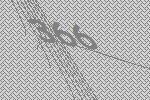
366